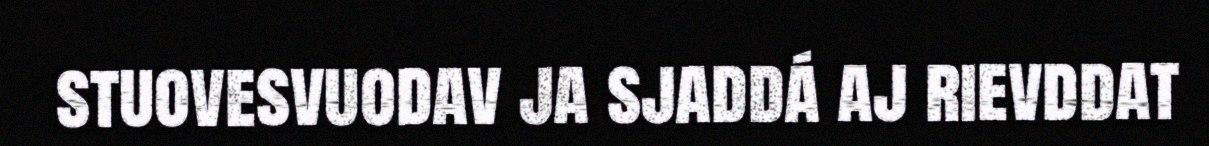
stuovesvuodav ja sjaddá aj rievddat